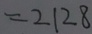
= 2 1 2 8